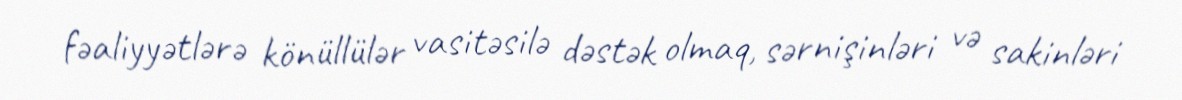
fəaliyyətlərə könüllülər vasitəsilə dəstək olmaq, sərnişinləri və sakinləri